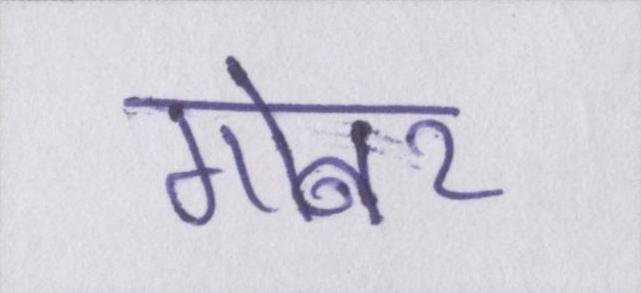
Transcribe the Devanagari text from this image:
गोबर